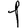
Digit: 1